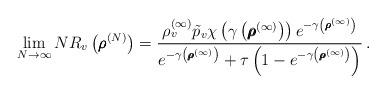
LaTeX: \begin{align*}\lim_{N \to \infty} N R_v\left( \pmb{\rho}^{(N)} \right) = \frac{ \rho_v^{(\infty)} \tilde{p}_v \chi\left( \gamma \left( \pmb{\rho}^{(\infty)} \right) \right)e^{- \gamma \left( \pmb{\rho}^{(\infty)} \right)} }{e^{- \gamma\left( \pmb{\rho}^{(\infty)} \right)} + \tau\left( 1 - e^{- \gamma\left( \pmb{\rho}^{(\infty)} \right)} \right) }\,.\end{align*}